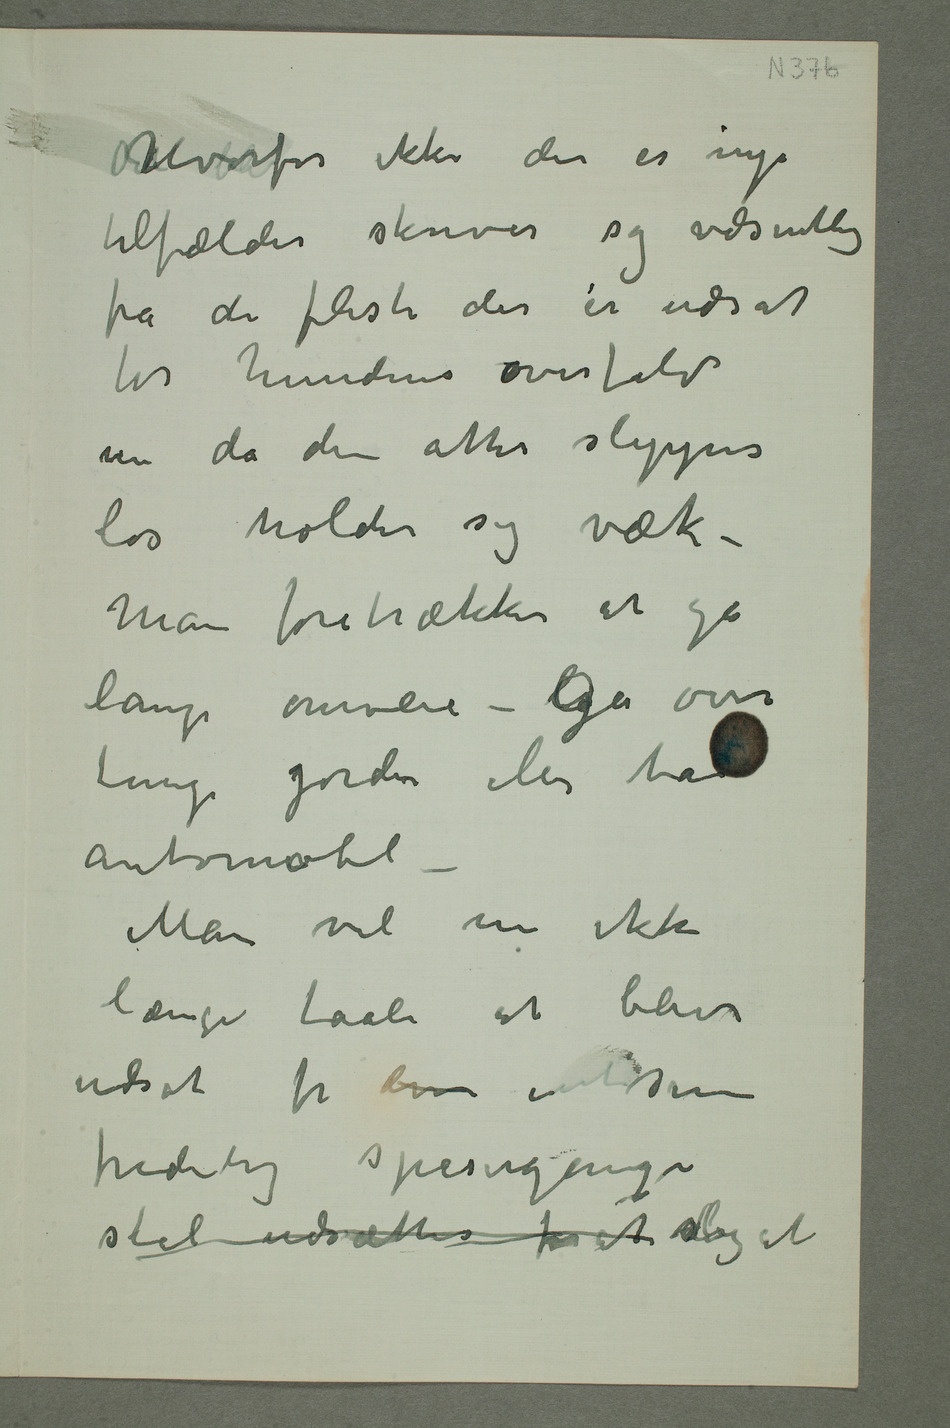
N374
Sælvorfor ikke der er nye
tilfælder skriver sig væsentlig
pra de fileste der er udsat
for hundens overfald
nu da den atter slippes
los holder sig væk –
Man foretrækker at gå
lange omveie – Ga over
linge jorde eller hald
Antrmobl
Man vil nu ikke
længe taale at bleve
udsat fr dvv ese
fridetig spisergange
stel udsættes frat sogat